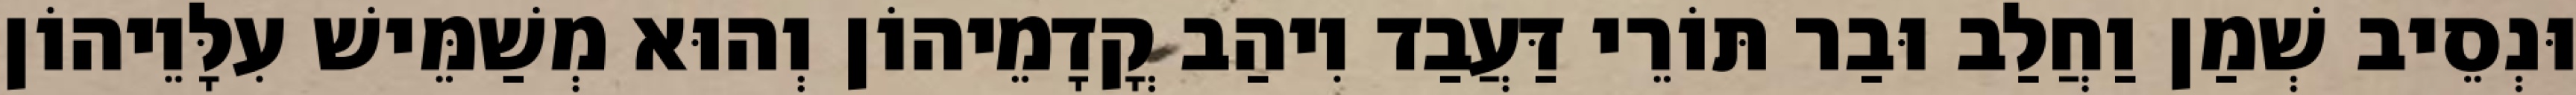
וּנְסֵיב שְׁמַן וַחֲלַב וּבַר תּוֹרֵי דַּעֲבַד וִיהַב קֳדָמֵיהוֹן וְהוּא מְשַׁמֵּישׁ עִלָּוֵיהוֹן